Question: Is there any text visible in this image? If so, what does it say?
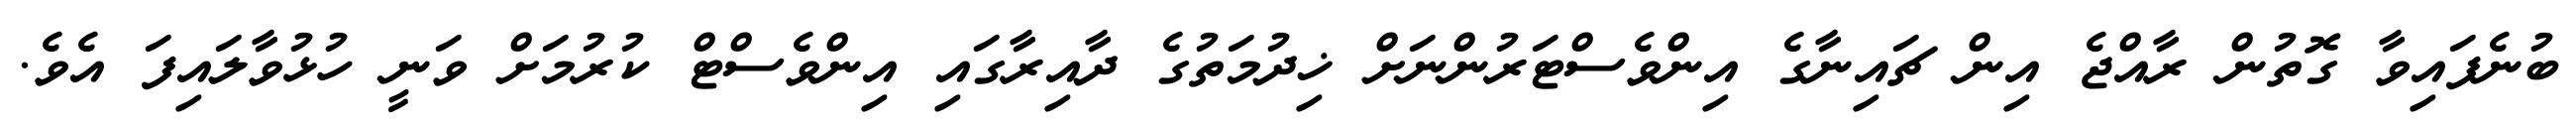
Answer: ބުނެފައިވާ ގޮތުން ރާއްޖެ އިން ޗައިނާގެ އިންވެސްޓަރުންނަށް ޚިދުމަތުގެ ދާއިރާގައި އިންވެސްޓް ކުރުމަށް ވަނީ ހުޅުވާލައިފަ އެވެ.